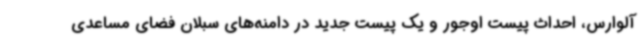
آلوارس، احداث پیست اوجور و یک پیست جدید در دامنه‌های سبلان فضای مساعدی